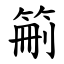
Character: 䈀